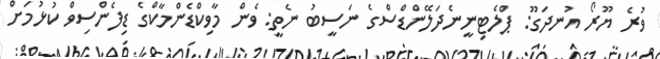
ވުރެ ޔޫރޯ އުނދަގޫ: ޕްލެޓިނީނެދަލޭންޑްސްގެ ނަސީބު ނެތީ: ވެން މާވިކްޑެންމާކްގެ ޑިފެންސިވް ކުޅުމަށް